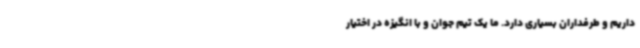
داریم و طرفداران بسیاری دارد. ما یک تیم جوان و با انگیزه در اختیار